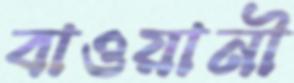
বাওয়ানী